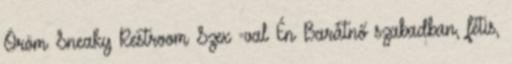
Öröm Sneaky Restroom Szex -val Én Barátnő szabadban, fétis,